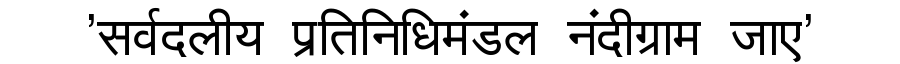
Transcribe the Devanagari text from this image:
'सर्वदलीय प्रतिनिधिमंडल नंदीग्राम जाए'